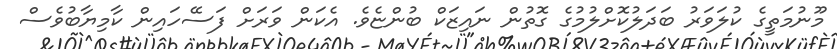
މޫނުމަތީގެ ކުލަވަރު ބަދަލުކޮށްލުމުގެ ގޮތުން ނައިޒަކް ބުންޏެވެ. އެކަން ވަރަށް ފަސޭހައިން ކާމިޔާބުވެސް